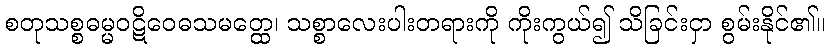
စတုသစ္စဓမ္မဝဋိဝေဓသမတ္ထေ၊ သစ္စာလေးပါးတရားကို ကိုးကွယ်၍ သိခြင်းငှာ စွမ်းနိုင်၏။